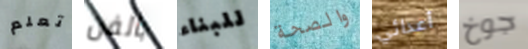
تعلم بالفن للبناء والصحة أعدائي جوخ